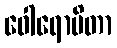
ဝေါရောပိတာ